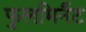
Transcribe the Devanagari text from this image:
फुलमिनैंट